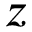
z